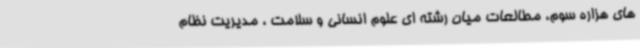
های هزاره سوم، مطالعات میان رشته ای علوم انسانی و سلامت ، مدیریت نظام